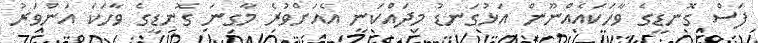
ފަސް ގޮނޑީގެ ވާހަކައެއްނޫން އަޅުގަނޑު މިދައްކަނީ އެއަށްވުރެ މާގިނަ ގޮނޑީގެ ވާހަކަ އަންވަރު